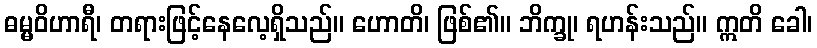
ဓမ္မဝိဟာရီ၊ တရားဖြင့်နေလေ့ရှိသည်။ ဟောတိ၊ ဖြစ်၏။ ဘိက္ခု၊ ရဟန်းသည်။ ဣတိ ခေါ၊